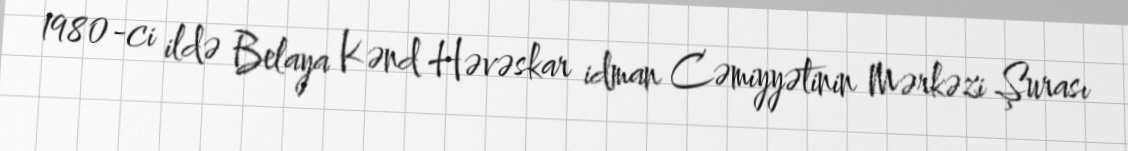
1980-ci ildə Belaya Kənd Həvəskar idman Cəmiyyətinin Mərkəzi Şurası